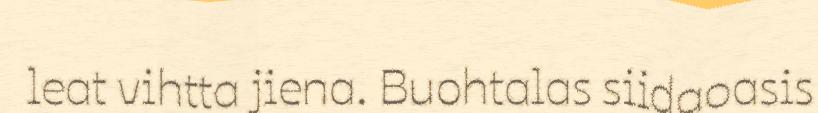
leat vihtta jiena. Buohtalas siidaoasis